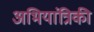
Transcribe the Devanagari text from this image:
अभियांत्रिकी